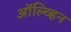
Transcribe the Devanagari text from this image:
ऑल्व्हिन